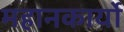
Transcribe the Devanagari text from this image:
महानकार्यो